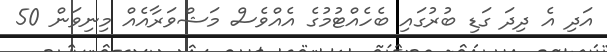
އަދި އެ ދިދަ ގަޑި ބުރުގައި ބެހެއްޓުމުގެ އެއްވެސް މަޝްވަރާއެއް މިނިވަން 50